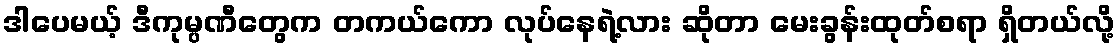
ဒါပေမယ့် ဒီကုမ္ပဏီတွေက တကယ်ကော လုပ်နေရဲ့လား ဆိုတာ မေးခွန်းထုတ်စရာ ရှိတယ်လို့